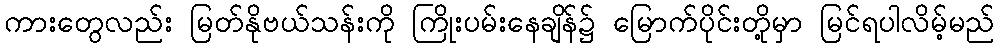
ကားတွေလည်း မြတ်နိုဗယ်သန်းကို ကြိုးပမ်းနေချိန်၌ မြောက်ပိုင်းတို့မှာ မြင်ရပါလိမ့်မည်